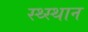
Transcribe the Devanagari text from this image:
स्‍थ्‍स्थान